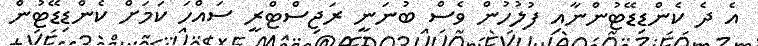
އެ ދެ ކެންޑިޑޭޓުންނާއި ފުލުހުން ވެސް ބުނަނީ ރަޖިސްޓްރީ ސައްހަ ކަމަށް ކެންޑިޑޭޓުން